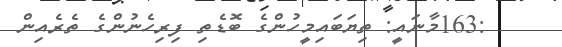
:163މާނައީ: ތިޔަބައިމީހުންގެ ބޮޑެތި ފިރިހެނުންގެ ތެރެއިން